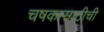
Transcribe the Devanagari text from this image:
चषकासाठीची